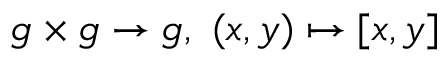
{ \mathfrak { g } } \times { \mathfrak { g } } \rightarrow { \mathfrak { g } } , \ ( x , y ) \mapsto [ x , y ]